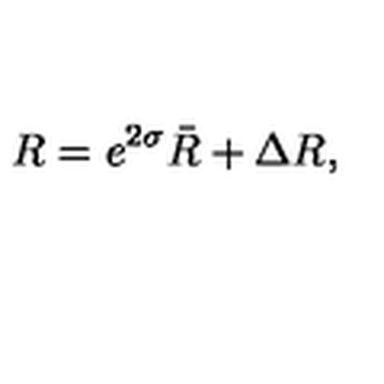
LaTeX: R = e ^ { 2 \sigma } \bar { R } + \Delta R ,